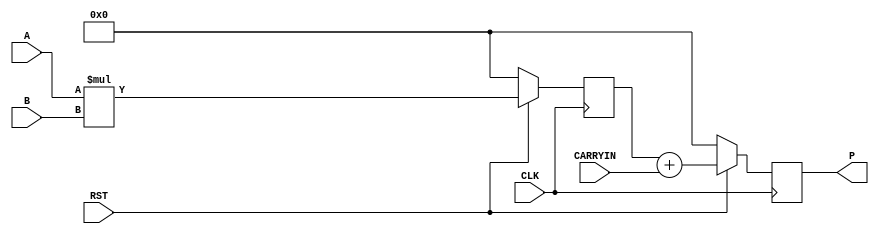
module MACC (P, A, B, CARRYIN, CLK, RST);

  output reg  signed [31:0] P;
  input signed [15:0] A;
  input signed [15:0] B;
  input CARRYIN;
  input CLK;
  input RST;

  reg  signed [31:0] mult_reg;

  always @(posedge CLK)
    begin
    if(!RST)
        mult_reg <= 'b0;
    else
        mult_reg <= A * B;
    end

    always@(posedge CLK)
    begin
    if(!RST)
        P <= 'b0;
    else
        P <= mult_reg + CARRYIN;
    end

endmodule


module top (
input clk,
input rst,
input  signed [15:0] a,
input  signed [15:0] b,
input carryin,
output  signed [31:0] p
);

MACC u_MACC (
        .P (p),
        .A (a),
        .B (b ),
        .CARRYIN (carryin ),
        .CLK (clk),
        .RST (rst)
    );

endmodule